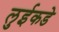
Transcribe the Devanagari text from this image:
लुईकडे